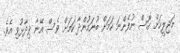
މަޖިލީހަށް ގޮސް ނުފެންނަ ކަމަށް ބުނަމުންދާ ކަމަށް ވެސް އޭނާ ވިދާޅުވި އެވެ.